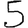
Digit: 5